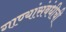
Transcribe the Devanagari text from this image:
गाण्यांसंबंधीची